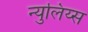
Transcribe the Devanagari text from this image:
न्युलिय्स